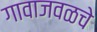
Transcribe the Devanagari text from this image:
गावाजवळचे